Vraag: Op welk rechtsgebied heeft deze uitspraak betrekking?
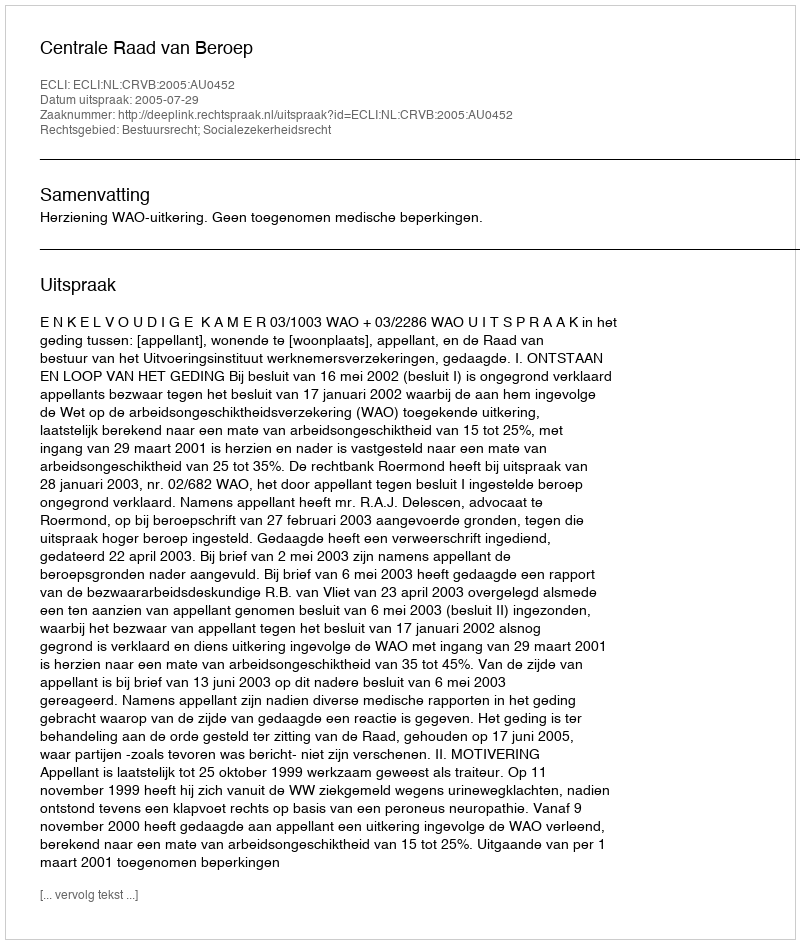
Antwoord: Bestuursrecht; Socialezekerheidsrecht